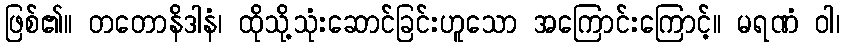
ဖြစ်၏။ တတောနိဒါနံ၊ ထိုသို့သုံးဆောင်ခြင်းဟူသော အကြောင်းကြောင့်။ မရဏံ ဝါ၊